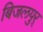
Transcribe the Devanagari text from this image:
बिजलपुर्